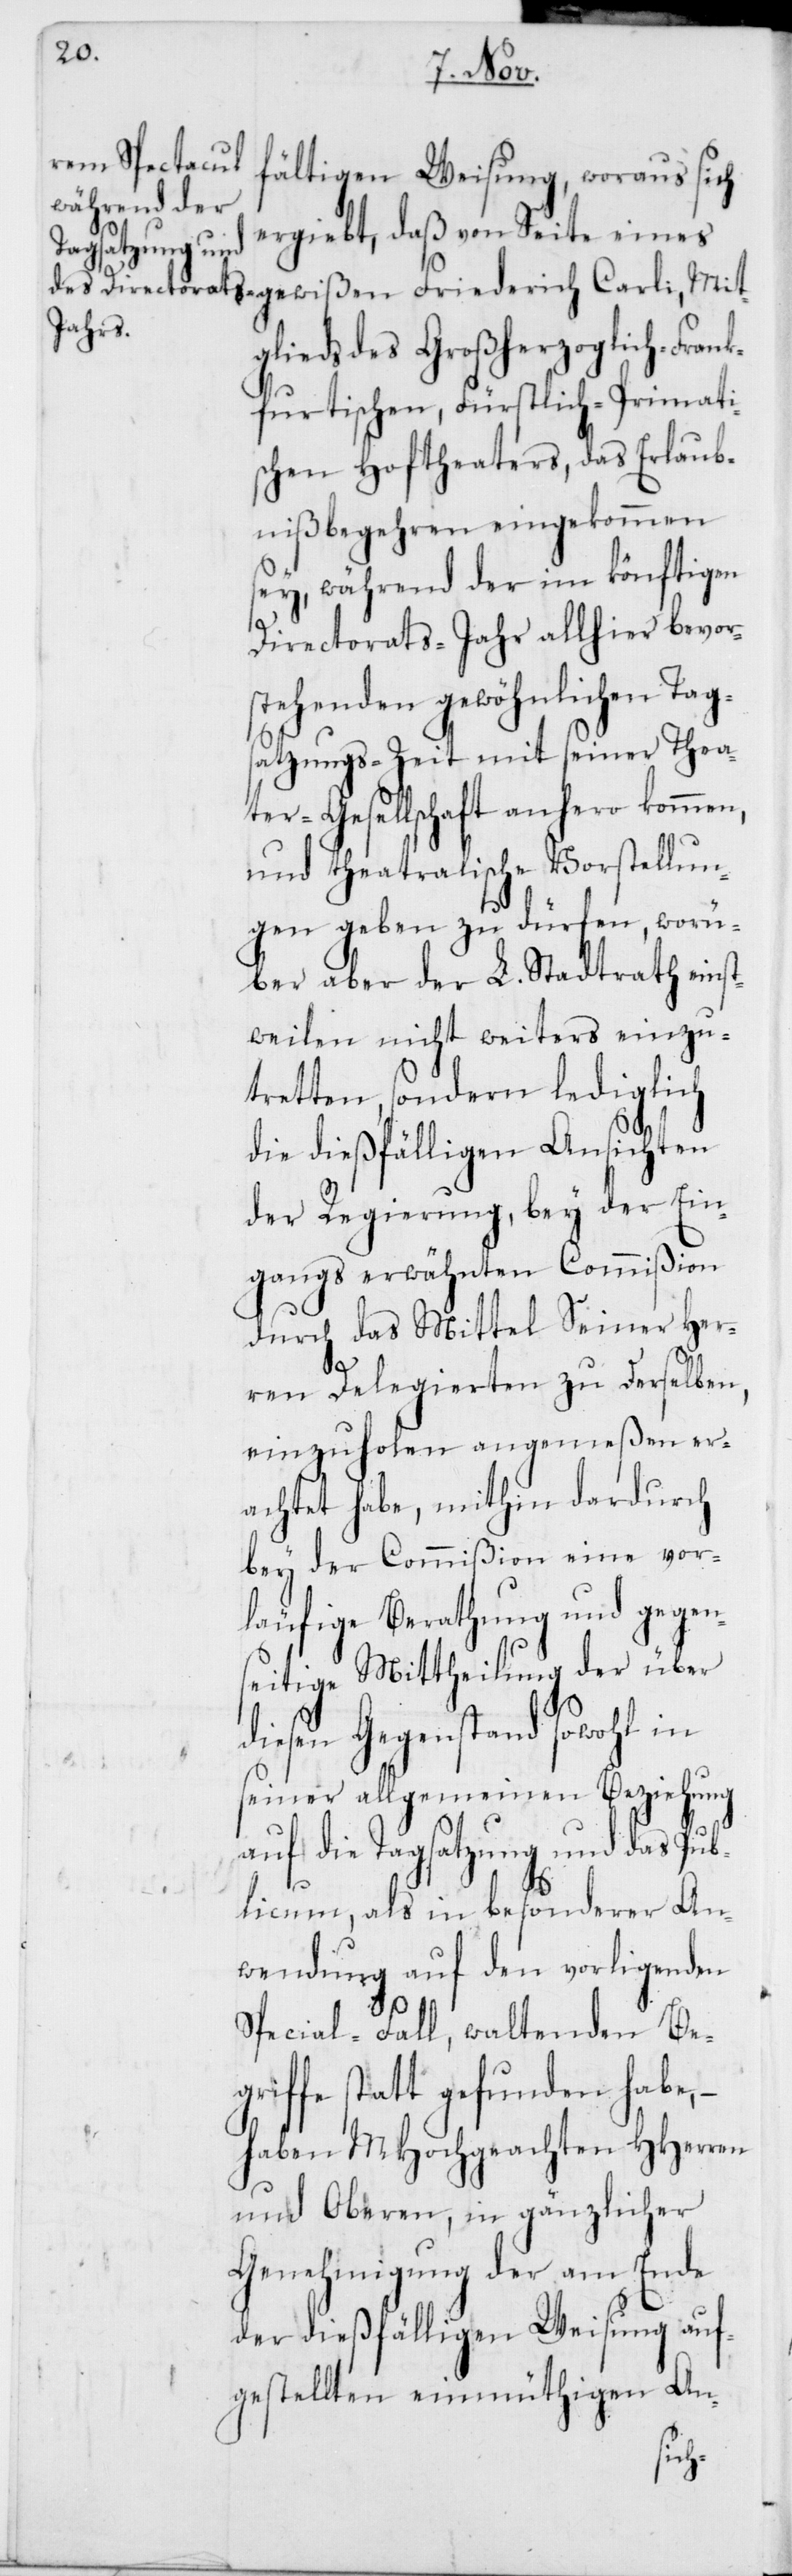
fältigen Weisung, woraus sich
ergiebt, daß von Seite eines
glieds des Großherzoglich-Frank¬
furtischen, Fürstlich-Primati¬
schen Hoftheaters, das Erlaub¬
nißbegehren eingekommen
sey, während der im könftigen
Directorats-Jahr allhier bevor¬
stehenden gewöhnlichen Tag¬
satzungs-Zeit mit seiner Thea¬
ter-Gesellschaft anhero kommen,
und theatralische Vorstellun¬
gen geben zu dürfen, worü¬
ber aber der L. Stadtrath einst¬
weilen nichts weiters einzu¬
tretten, sondern lediglich
die dießfälligen Ansichten
der Regierung, bey der Ein¬
gangs erwähnten Commißion
durch das Mittel Seiner Her¬
Mit¬
ren Delegierten zu derselben,
einzuholen angemeßen er¬
achtet habe, mithin dardurch
bey der Commißion eine vor¬
läufige Berathung und gegen¬
seitige Mittheilung der über
diesen Gegenstand sowohl in
seiner allgemeinen Beziehung
auf die Tagsatzung und das Pub¬
licum, als in besonderer An¬
wendung auf den vorligenden
Special-Fall, waltenden Beg¬
riffe statt gefunden habe, –
haben MHochgeachten HHerren
und Oberen, in gänzlicher
Genehmigung der am Ende
der dießfälligen Weisung auf¬
gestellten einmüthigen An-